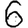
Digit: 6